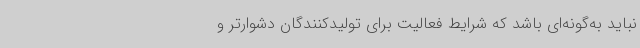
نباید به‌گونه‌ای باشد که شرایط فعالیت برای تولیدکنندگان دشوارتر و